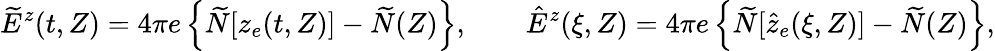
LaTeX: \widetilde{E}^{z}(t,Z)=4\pi e\left\{ \widetilde{N}[z_{e}(t,Z)]-\widetilde{N}(Z)\right\} ,\qquad\hat{E}^{z}(\xi,Z)=4\pi e\left\{ \widetilde{N}[\hat{z}_{e}(\xi,Z)]-\widetilde{N}(Z)\right\} ,